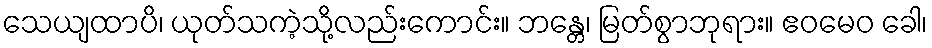
သေယျထာပိ၊ ယုတ်သကဲ့သို့လည်းကောင်း။ ဘန္တေ၊ မြတ်စွာဘုရား။ ဧဝမေဝ ခေါ၊